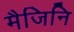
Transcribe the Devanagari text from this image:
मैजिनि